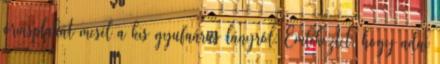
óriásplakát mesél a kis gyufaárus lányról. Emlékeztet, hogy adni